Vaccination United Provinces of Agra and Oudh 1914-1922 - 1914-1922
Year: 1914
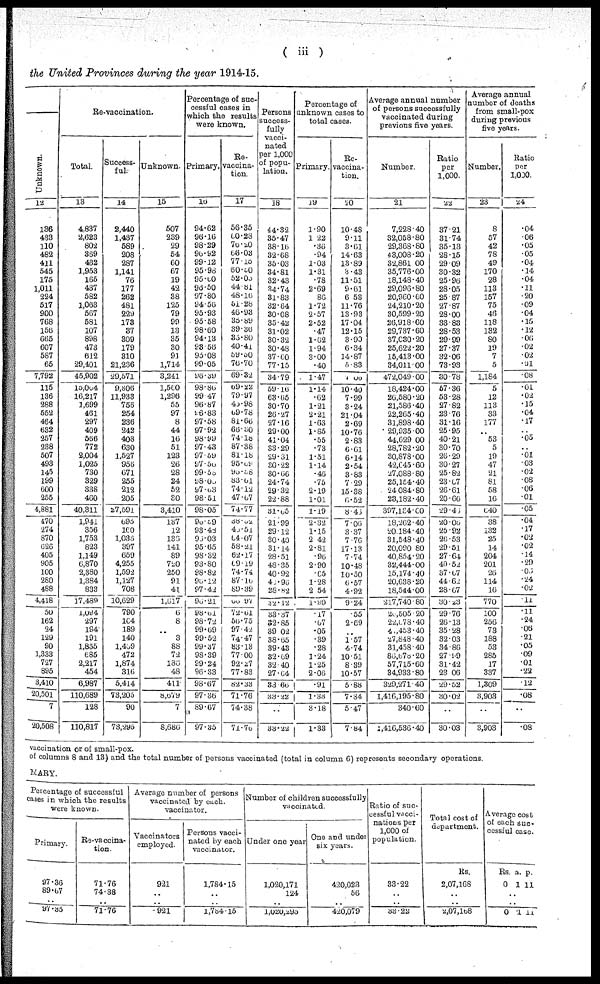
( iii)
the United Provinces during the year 1914-15.
Unknown.
12
136
433
110
482
411
545
175
1,011
224
517
900
768
156
665
607
567
65
7,792
115
136
288
552
464
632
257
238
507
493
145
199
600
255
4,881
470
274
870
626
405
905
100
280
488
4,418
50
162
24
129
90
1,333
727
895
3,410
20,501
7
20,508
Re-vaccination.
Total.
13
4,837
2,623
802
369
432
1,953
165
437
582
1,063
567
581
107
898
473
612
29,401
45,902
15,004
16,217
1,699
461
297
409
566
772
2,004
1,025
730
329
338
460
40,311
1,941
356
1,753
823
1,149
6,870
2,380
1,384
833
17,480
1,094
297
194
191
1,855
685
2,217
454
6,987
110,689
128
110,817
Success-
ful.
14
2,440
1,437
589
208
287
1,141
76
177
262
481
229
173
37
309
179
310
21,236
29,571
9,606
11,933
756
254
236
242
408
630
1,527
956
671
255
212
205
27,591
695
160
1,038
397
659
4,255
1,592
1,127
708
10,629
790
164
189
140
1,459
472
1,874
316
5,414
73,205
90
73,295
Unknown.
15
507
239
29
54
60
67
19
42
38
125
79
99
13
35
30
91
1,714
3,241
1,510
1,296
55
97
8
44
16
51
123
26
28
24
52
30
3,410
137
12
136
141
69
720
250
91
41
1,617
6
8
..
3
88
72
186
48
411
8,679
7
8,686
Percentage of suc-
cessful cases in
which the results
were known.
Primary.
16
94.62
96.16
98.29
90.92
99.12
95.98
95.60
96.50
97.80
94.50
95.93
95.58
98.60
94.13
93.56
95.08
99.05
96.39
98.86
99.47
96.87
96.83
97.58
97.92
98.99
97.43
97.59
97.56
99.55
98.00
97.03
98.51
98.05
96.59
93.48
96.03
95.65
98.32
93.80
98.82
96.12
97.42
96.21
98.61
98.72
99.09
99.52
99.37
98.39
99.24
96.33
98.67
97.36
89.67
97. 35
Re¬
vaccina-
tion.
17
56.35
00.28
76.20
66.03
77.15
60.50
52.05
44.81
48.16
51.28
46.93
35.89
39.36
35.80
40.41
59.50
76.70
69.32
69.22
79.97
45.98
69.78
81.66
66.30
74.18
87.38
81.18
95.09
95.58
83.01
74.1.2
47.67
74.77
38.52
40.51
04.07
58.21
62.17
09.19
74.74
87.16
89.39
66.97
72.61
56.75
97.42
74.47
83.13
77.00
92.27
77.83
82 .33
71.76
74.38
71.76
Persons
success-
fully
vacci-
nated
per 1,000
of popu-
lation.
18
44.32
35.47
38.16
32.68
35.03
34.81
32.43
34.74
31.83
32.64
30.08
35.42
31.02
30.32
30.48
37.60
77.15
34.79
59 . 16
63.65
30.70
26.27
27.16
29.00
41.04
33.29
29 . 31
30.22
30.66
24.74
29.32
22.88
31.65
21.99
29.12
30.40
31.14
28.51
48.35
40.92
40.96
28 . 82
32.12
33.37
32.85
39.02
38.65
39.43
32.69
32.40
27.64
33.60
33,22
..
33..22
Percentage of
unknown cases to
total cases.
Primary.
19
1.90
1.22
.36
.94
1.03
1.31
.78
2.69
86
1.72
2.57
2.52
.47
1.62
1.94
3.00
.40
1.47
1.14
.62
1.21
2.21
1.63
1.85
.55
.73
1.51
1.14
.46
.75
2.19
1.01
1.19
2.32
1.15
2.42
2.81
.96
2.90
.65
1.28
2.54
1.90
.17
67
.05
.39
.28
1.24
1.25
2.06
.91
1.33
3.18
1.33
Re¬
vaccina¬
tion.
20
10.48
9.11
3.61
14.63
13.89
3.43
11.51
9.61
6.53
11.76
13.93
17.04
12.15
3.90
6.34
14.87
5.83
7.06
10.40
7.99
3.24
21.04
2.69
10.76
2.83
6.61
6.14
2.54
3.83
7.29
15.38
6.52
8.45
7.06
3.37
7.76
17.13
7.74
10.48
10.50
6.57
4.92
9.24
.55
2.69
..
1.57
4.74
10.51
8.39
10.57
5.88
7.34
5.47
7.84
Average annual number
of persons successfully
vaccinated during
previous five years.
Number.
21
7,228.40
32,058.80
29,368.80
43,008.20
32,861.00
35,776.00
18,148.40
29,096.80
20,960.00
24,210.20
30,599.20
26,918.60
29,737.60
37,030.20
25,622.20
15,413.00
34,011.00
472,049.00
18,424.00
26,580.20
21,586.40
22,265.40
31,898.40
29,935.00
44,629.00
28,782 . 20
30,878.00
42,045.60
27,088.80
25,154.40
24,084.80
23,182.40
397,134.60
18,202.40
20,184.40
31,548.40
20,090.80
40,854.20
32,444.00
15,174.40
20,638.20
18,544.00
217,740.80
26 ,505.20
22,073.40
41,453.40
27,848.40
31,458.40
86,678.20
57,715.60
34,933.80
329,271.40
1,416,195.80
340.60
1,416,536.40
Ratio
per
1,000.
22
37.21
31.74
35.13
28.15
29.09
30.32
25.96
28.05
25.87
27.87
28.00
33.83
28.53
29.99
27.37
32.06
73.93
30.78
57.36
53.28
27.82
23.76
31.16
25.95
40.21
30.70
26.29
30.27
25.82
23.07
26.61
20.66
29.46
20.06
25.92
26.53
29.51
27.64
49.52
37.07
44.62
28.67
30.23
29.76
26.13
35.28
32.03
34.86
27.99
31.42
23.06
29.52
30.02
..
30.03
Average annual
number of deaths
from small-pox
during previous
five
years.
Number.
23
8
57
42
78
49
170
28
113
157
75
46
118
132
80
19
7
5
1,184
5
12
113
33
177
..
53
5
19
47
21
81
58
16
640
38
132
25
14
204
201
20
114
16
770
100
256
73
188
53
285
17
337
1,309
3,903
..
3,903
Ratio
per
1,000.
24
.04
.06
.05
.05
.04
.14
.04
.11
.20
.09
.04
.15
. 12
.06
.02
.02
.01
.08
.01
.02
.15
.04
.17
..
.05
..
.01
.03
.02
.08
.06
.01
.05
.04
.17
.02
.02
.14
.29
.05
.24
.02
.11
.11
.24
.06
.21
.05
.09
.01
.22
.12
.08
..
.08
vaccination or of small-pox.
of columns 8 and 13) and the total number of persons vaccinated (total in column 6) represents secondary operations.
MARY.
Percentage of successful
cases in which the results
were known.
Primary.
97.36
89.67
..
97.35
Re-vaccina¬
tion.
71.76
74.38
..
71.76
Average number of persons
vaccinated by each.
vaccinator.
Vaccinators
employed.
921
..
..
921
Persons vacci-
nated by each
vaccinator.
1,784.15
..
..
l,784. 15
Number of children successfully
vaccinated.
Under one year
1,020,171
124
..
1,029,295
One and under
six years.
420,023
56
..
420,079
Ratio of suc-
cessful vaicci¬
nations per
1,000 of
population.
33.22
..
..
33.22
Total cost of
department.
Rs.
2,07,168
..
..
2,07,168
Average cost
of each suc¬
cessful case.
Rs
0
a.
1
p.
11
..
..
0 1 11